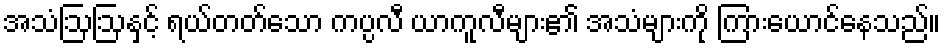
အသံဩဩနှင့် ရယ်တတ်သော ကပ္ပလီ ယာကူလီများ၏ အသံများကို ကြားယောင်နေသည်။